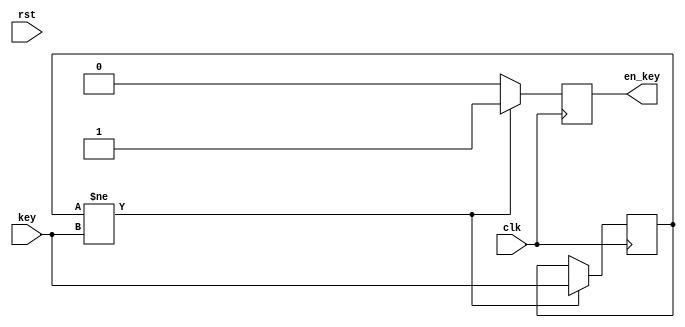
module present_next(
input clk,
input rst,
input [3:0] key,
output reg en_key);

reg [3:0] temp_key = 0;

always@(posedge clk)
begin
	if(temp_key != key)
	begin
		en_key <= 1'b1;
		temp_key <= key;
	end
	else
	begin
		en_key <= 1'b0;
		temp_key <= temp_key;
	end
end

endmodule